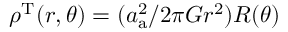
\rho ^ { \mathrm { T } } ( r , \theta ) = ( { { a _ { \mathrm { a } } ^ { 2 } } / { 2 \pi G r ^ { 2 } } } ) R ( \theta )